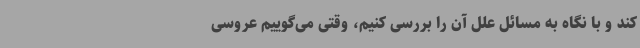
کند و با نگاه به مسائل علل آن را بررسی کنیم، وقتی می‌گوییم عروسی